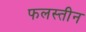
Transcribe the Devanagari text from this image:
फलस्तीन